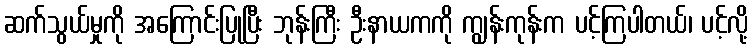
ဆက်သွယ်မှုကို အကြောင်းပြုပြီး ဘုန်းကြီး ဦးနာယကကို ကျွန်းကုန်းက ပင့်ကြပါတယ်၊ ပင့်လို့